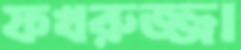
ফখরুজ্জা